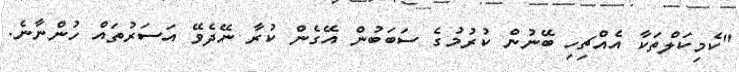
"ކެމިކަލްތަކާ އެއްޗިހި ބޭނުން ކުރުމުގެ ސަބަބުން އޭގެން ކުރާ ނޭދެވޭ އަސަރުތައް ހުންނާނެ.